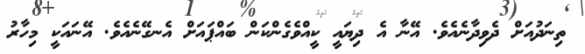
ތިނަދުއަށް ދެވިދާނެއެވެ. އޭނާ އެ ދިޔައީ ކީއްވެގެންކަން ބައްޕައަށް އެނގޭނެއެވެ. އޭނައަކީ މިހާރު